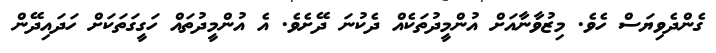
ގެންދެވިޔަސް ހެވެ. މިޒުވާނާއަށް އުންމީދުތަކެއް ދެކުނަ ދޭށެވެ. އެ އުންމީދުތައް ހަގީގަތަކަށް ހަދައިދޭން